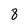
Character: 8